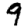
Digit: 9